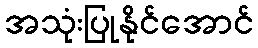
အသုံးပြုနိုင်အောင်